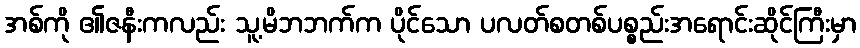
အစ်ကို ၏ဇနီးကလည်း သူ့မိဘဘက်က ပိုင်သော ပလတ်စတစ်ပစ္စည်းအရောင်းဆိုင်ကြီးမှာ